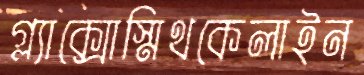
গ্ল্যাক্সোস্মিথকেলাইন